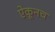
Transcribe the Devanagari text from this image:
ऐकूनच